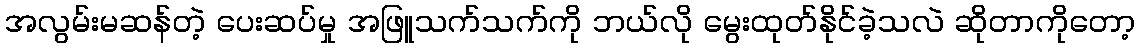
အလွမ်းမဆန်တဲ့ ပေးဆပ်မှု အဖြူသက်သက်ကို ဘယ်လို မွေးထုတ်နိုင်ခဲ့သလဲ ဆိုတာကိုတော့